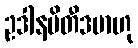
ဥဒါနမိတီဒမာဟု